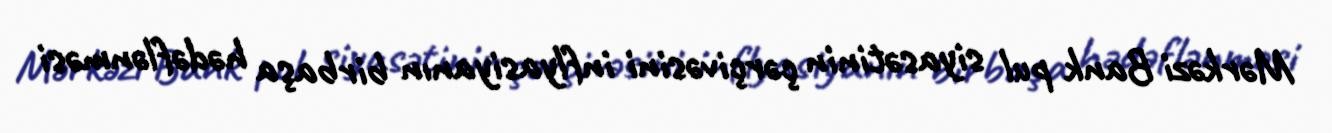
Mərkəzi Bank pul siyasətinin çərçivəsini inflyasiyanın birbaşa hədəflənməsi